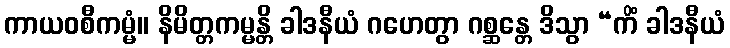
ကာယဝစီကမ္မံ။ နိမိတ္တကမ္မန္တိ ခါဒနီယံ ဂဟေတွာ ဂစ္ဆန္တေ ဒိသွာ “ကိံ ခါဒနီယံ